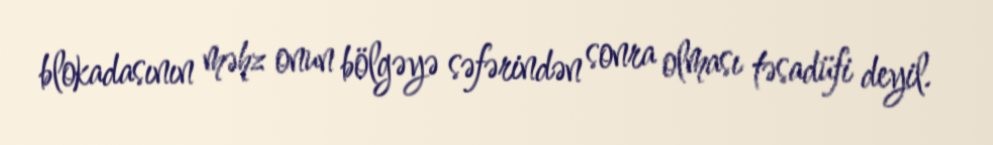
blokadasının məhz onun bölgəyə səfərindən sonra olması təsadüfi deyil.